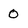
Character: 0